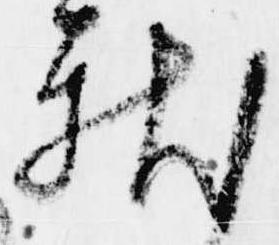
献